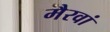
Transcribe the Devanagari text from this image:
मैरवां